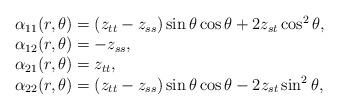
LaTeX: \begin{align*} \begin{array}{l}\alpha_{11}(r,\theta) = {\left(z_{tt} - z_{ss} \right) \sin \theta \cos \theta + 2 z_{st} \cos^{2} \theta},\\\alpha_{12}(r,\theta) = {- z_{ss}}, \\\alpha_{21}(r,\theta) = {z_{tt}}, \\\alpha_{22}(r,\theta) = {\left(z_{tt} - z_{ss} \right) \sin \theta \cos \theta - 2 z_{st} \sin^{2} \theta},\end{array}\end{align*}